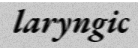
laryngic